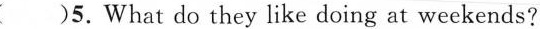
( )5.What do they like doing at weekends?